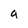
Character: a